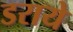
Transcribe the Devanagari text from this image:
डराये